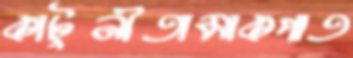
কাটুনীতামাকপাত